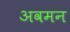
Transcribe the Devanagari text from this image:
अवमन